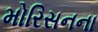
મોરિસનના